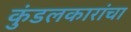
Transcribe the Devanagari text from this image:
कुंडलकारांचा